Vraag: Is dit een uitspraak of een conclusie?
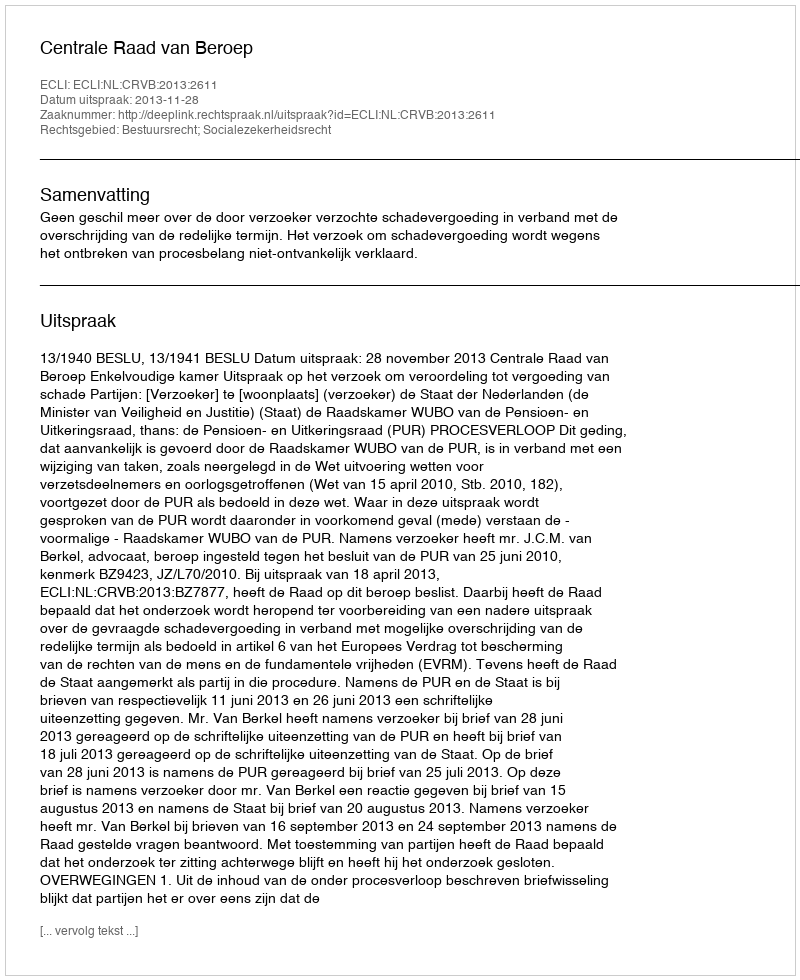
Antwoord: Uitspraak